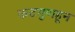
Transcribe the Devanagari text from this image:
कटगुणहून